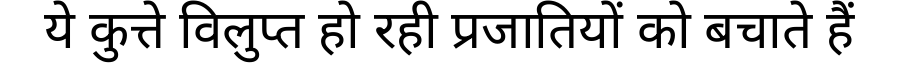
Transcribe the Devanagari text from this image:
ये कुत्ते विलुप्त हो रही प्रजातियों को बचाते हैं